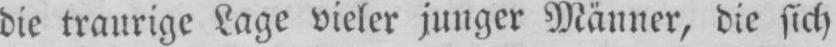
die traurige Lage vieler junger Männer, die sich